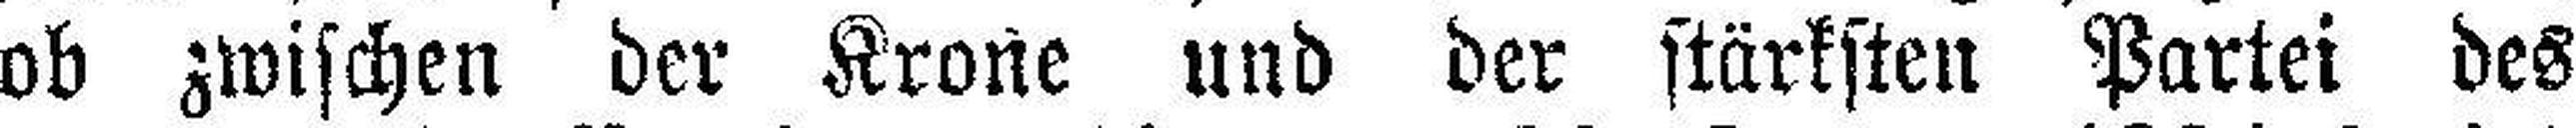
ob zwischen der Krone und der stärksten Partei des